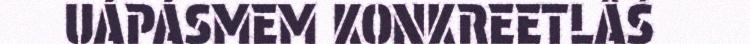
UÁPÁSMEM KONKREETLÂŠ